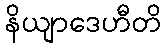
နိယျာဒေဟီတိ